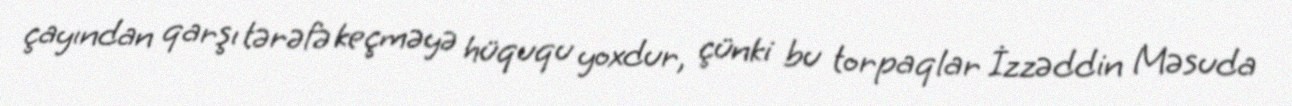
çayından qarşı tərəfə keçməyə hüququ yoxdur, çünki bu torpaqlar İzzəddin Məsuda